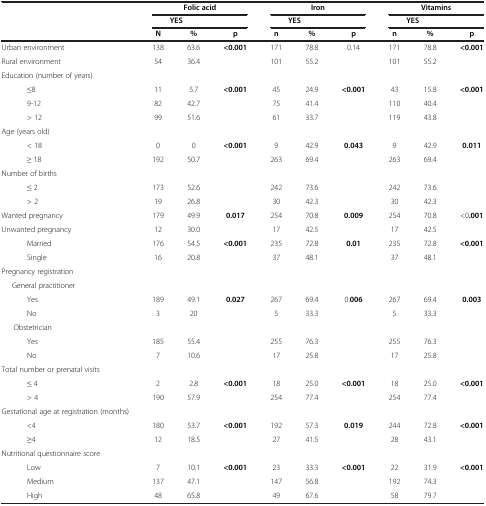
<table><thead><tr><td><b> </b></td><td colspan="3"><b>Folic acid</b></td><td colspan="3"><b>Iron</b></td><td colspan="3"><b>Vitamins</b></td></tr><tr><td><b> </b></td><td colspan="2"><b>YES</b></td><td><b> </b></td><td colspan="2"><b>YES</b></td><td><b> </b></td><td colspan="2"><b>YES</b></td><td><b> </b></td></tr><tr><td><b> </b></td><td><b>N</b></td><td><b>%</b></td><td><b>p</b></td><td><b>n</b></td><td><b>%</b></td><td><b>p</b></td><td><b>n</b></td><td><b>%</b></td><td><b>p</b></td></tr></thead><tbody><tr><td>Urban environment</td><td>138</td><td>63.6</td><td rowspan="2"><b>&lt;0.001</b></td><td>171</td><td>78.8</td><td rowspan="2">0.14</td><td>171</td><td>78.8</td><td rowspan="2"><b>&lt;0.001</b></td></tr><tr><td>Rural environment</td><td>54</td><td>36.4</td><td>101</td><td>55.2</td><td>101</td><td>55.2</td></tr><tr><td>Education (number of years)</td><td> </td><td> </td><td> </td><td> </td><td> </td><td> </td><td> </td><td> </td><td> </td></tr><tr><td>≤8</td><td>11</td><td>5.7</td><td rowspan="2"><b>&lt;0.001</b></td><td>45</td><td>24.9</td><td rowspan="2"><b>&lt;0.001</b></td><td>43</td><td>15.8</td><td rowspan="2"><b>&lt;0.001</b></td></tr><tr><td>9-12</td><td>82</td><td>42.7</td><td>75</td><td>41.4</td><td>110</td><td>40.4</td></tr><tr><td>&gt; 12</td><td>99</td><td>51.6</td><td> </td><td>61</td><td>33.7</td><td> </td><td>119</td><td>43.8</td><td> </td></tr><tr><td>Age (years old)</td><td> </td><td> </td><td> </td><td> </td><td> </td><td> </td><td> </td><td> </td><td> </td></tr><tr><td>&lt; 18</td><td>0</td><td>0</td><td rowspan="2"><b>&lt;0.001</b></td><td>9</td><td>42.9</td><td rowspan="2"><b>0.043</b></td><td>9</td><td>42.9</td><td rowspan="2"><b>0.011</b></td></tr><tr><td>≥ 18</td><td>192</td><td>50.7</td><td>263</td><td>69.4</td><td>263</td><td>69.4</td></tr><tr><td>Number of births</td><td> </td><td> </td><td rowspan="3"> </td><td> </td><td> </td><td rowspan="3"> </td><td> </td><td> </td><td rowspan="3"> </td></tr><tr><td>≤ 2</td><td>173</td><td>52.6</td><td>242</td><td>73.6</td><td>242</td><td>73.6</td></tr><tr><td>&gt; 2</td><td>19</td><td>26.8</td><td>30</td><td>42.3</td><td>30</td><td>42.3</td></tr><tr><td>Wanted pregnancy</td><td>179</td><td>49.9</td><td rowspan="2"><b>0.017</b></td><td>254</td><td>70.8</td><td rowspan="2"><b>0.009</b></td><td>254</td><td>70.8</td><td rowspan="2">&lt;0<b>.001</b></td></tr><tr><td>Unwanted pregnancy</td><td>12</td><td>30.0</td><td>17</td><td>42.5</td><td>17</td><td>42.5</td></tr><tr><td>Married</td><td>176</td><td>54.5</td><td rowspan="2"><b>&lt;0.001</b></td><td>235</td><td>72.8</td><td rowspan="2"><b>0.01</b></td><td>235</td><td>72.8</td><td rowspan="2"><b>&lt;0.001</b></td></tr><tr><td>Single</td><td>16</td><td>20.8</td><td>37</td><td>48.1</td><td>37</td><td>48.1</td></tr><tr><td>Pregnancy registration</td><td> </td><td> </td><td> </td><td> </td><td> </td><td> </td><td> </td><td> </td><td> </td></tr><tr><td>General practitioner</td><td> </td><td> </td><td> </td><td> </td><td> </td><td> </td><td> </td><td> </td><td> </td></tr><tr><td>Yes</td><td>189</td><td>49.1</td><td rowspan="2"><b>0.027</b></td><td>267</td><td>69.4</td><td rowspan="2">0.<b>006</b></td><td>267</td><td>69.4</td><td rowspan="2"><b>0.003</b></td></tr><tr><td>No</td><td>3</td><td>20</td><td>5</td><td>33.3</td><td>5</td><td>33.3</td></tr><tr><td>Obstetrician</td><td> </td><td> </td><td rowspan="3"> </td><td> </td><td> </td><td rowspan="3"> </td><td> </td><td> </td><td rowspan="3"> </td></tr><tr><td>Yes</td><td>185</td><td>55.4</td><td>255</td><td>76.3</td><td>255</td><td>76.3</td></tr><tr><td>No</td><td>7</td><td>10.6</td><td>17</td><td>25.8</td><td>17</td><td>25.8</td></tr><tr><td>Total number or prenatal visits</td><td> </td><td> </td><td> </td><td> </td><td> </td><td> </td><td> </td><td> </td><td> </td></tr><tr><td>≤ 4</td><td>2</td><td>2.8</td><td rowspan="2"><b>&lt;0.001</b></td><td>18</td><td>25.0</td><td rowspan="2"><b>&lt;0.001</b></td><td>18</td><td>25.0</td><td rowspan="2"><b>&lt;0.001</b></td></tr><tr><td>&gt; 4</td><td>190</td><td>57.9</td><td>254</td><td>77.4</td><td>254</td><td>77.4</td></tr><tr><td>Gestational age at registration (months)</td><td> </td><td> </td><td> </td><td> </td><td> </td><td> </td><td> </td><td> </td><td> </td></tr><tr><td>&lt;4</td><td>180</td><td>53.7</td><td rowspan="2"><b>&lt;0.001</b></td><td>192</td><td>57.3</td><td rowspan="2"><b>0.019</b></td><td>244</td><td>72.8</td><td rowspan="2"><b>&lt;0.001</b></td></tr><tr><td>≥4</td><td>12</td><td>18.5</td><td>27</td><td>41.5</td><td>28</td><td>43.1</td></tr><tr><td>Nutritional questionnaire score</td><td> </td><td> </td><td> </td><td> </td><td> </td><td> </td><td> </td><td> </td><td> </td></tr><tr><td>Low</td><td>7</td><td>10.1</td><td rowspan="3"><b>&lt;0.001</b></td><td>23</td><td>33.3</td><td rowspan="3"><b>&lt;0.001</b></td><td>22</td><td>31.9</td><td rowspan="3"><b>&lt;0.001</b></td></tr><tr><td>Medium</td><td>137</td><td>47.1</td><td>147</td><td>56.8</td><td>192</td><td>74.3</td></tr><tr><td>High</td><td>48</td><td>65.8</td><td>49</td><td>67.6</td><td>58</td><td>79.7</td></tr></tbody></table>